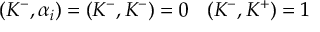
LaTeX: ( K ^ { - } , \alpha _ { i } ) = ( K ^ { - } , K ^ { - } ) = 0 \: \: \: \: ( K ^ { - } , K ^ { + } ) = 1